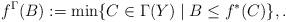
LaTeX: \begin{align*}f^\Gamma(B) := \min \{C \in \Gamma(Y) \mid B \le f^*(C)\}, .\end{align*}